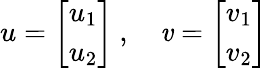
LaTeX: u={\left[\begin{array}{l}{u_{1}}\\ {u_{2}}\end{array}\right]}~,\quad\mathit{v}={\left[\begin{array}{l}{v_{1}}\\ {v_{2}}\end{array}\right]}